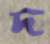
দ